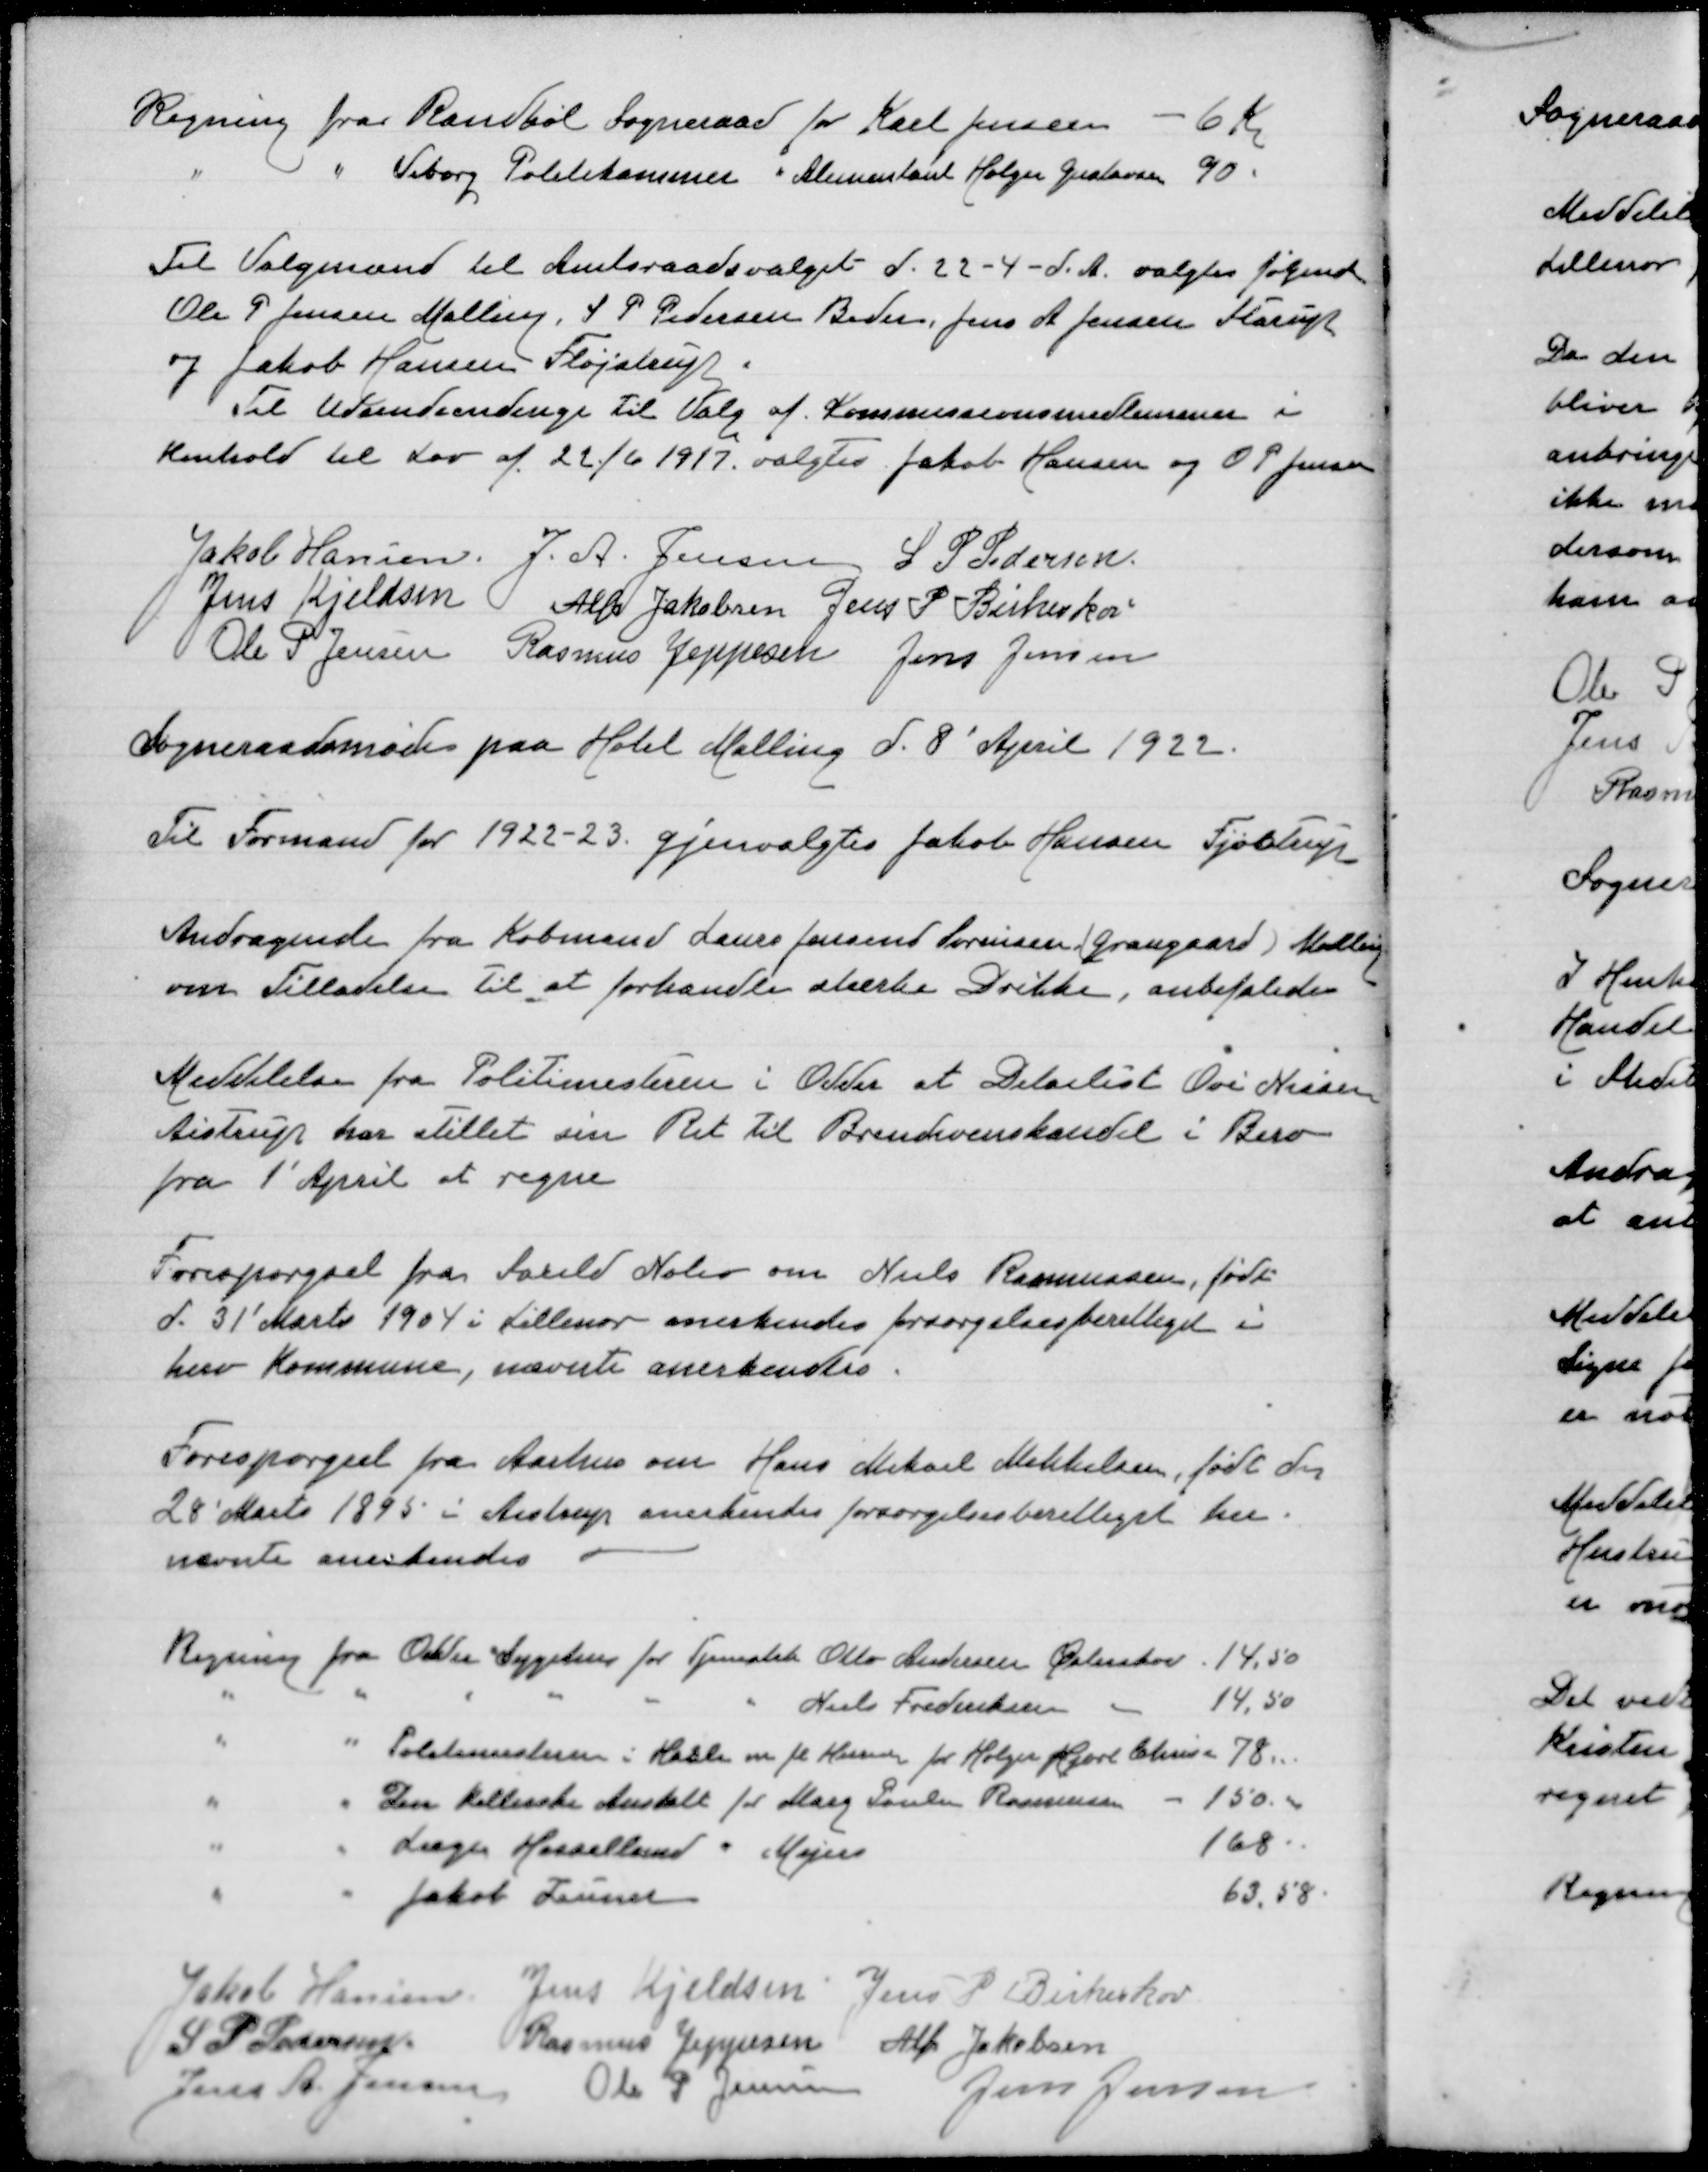
Transskription:
Regning fra Randbøl Sogneraad for Karl Jensen - 6 Kr
" " Viborg Politikammer " Alimentant Holger Gustavsen 90

Til Valgmænd til Amtsraadsvalget d 22-4-d A valgtes følgende
Ole P Jensen Malling, S P Pedersen, Beder, Jens A Jensen Starup
og Jakob Hansen Fløjstrup
Til Udseudsendinge Til Valg af Kommisionsmedlemmer i
Henhold til Lov af 22/6 1917 valgtes Jakob Hansen og O P Jensen

Jakob Hansen
J A Jensen
S P Pedersen
Jens Kjeldsen
Alfr Jakobsen
 Jens P Birkeskov
Ole P Jensen
Rasmus Jeppesen
Jens Jensen

Sogneraadsmøde paa Hotel Malling d 8' April 1922

Til Formand for 1922-23 gjenvalgtes Jakob Hansen Fjøstrup
Andragende fra Købmand Laurs Jensend Sørensen (Graugaard) Malling
om Tilladelse til at forhandle stærke Drikke, anbefaledes
Meddelelse fra Politimesteren i Odder at Detailist Ove Nielsen
Aistrup har stillet sin ret til Brændevinshandel i Bero
fra 1' April at regne
Forespørgsel fra Saxild Nølev om Niels Rasmussen, født
d 31' Marts 1904 i Lillenor anerkendes forsørgelsesberettiget i
herv Kommune , nævnte anerkendes
Forespørgsel fra Aarhus on Hans Mikael Mikkelsen, født den
28' Marts 1895 i Aistrup anerkrndes forsørgelsesberettiget her
nævnte anerkendes
Regning Regning Odder Sygehus for Tjenestek Otto Andersen Østerskov 14,50
" " " " " " Niels Frederiksen " 14,40
" " Politimesteren i Hasle m.fl. Herreder Holger Hjort Chrisen
" " Den Kellerske Anstalt for Marg Poulsen Rasmussen - 150,00
" " Læge Hessellund " Mejeri 168
" " Jakob Zeuner 63,58

Jakob Hansen
Jens Kjeldsen
Jens P Birkeskov
S P Pedersen
Rasmus Jeppesen
Alfr Jakobsen
Jens A Jensen
Ole P Jensen
Jens Jensen